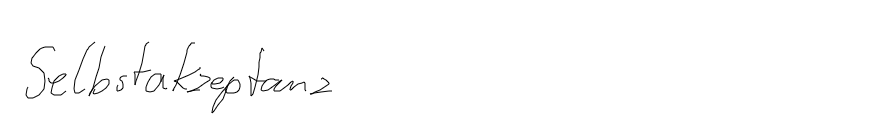
Selbstakzeptanz